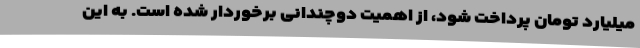
میلیارد تومان پرداخت شود، از اهمیت دوچندانی برخوردار شده است. به این